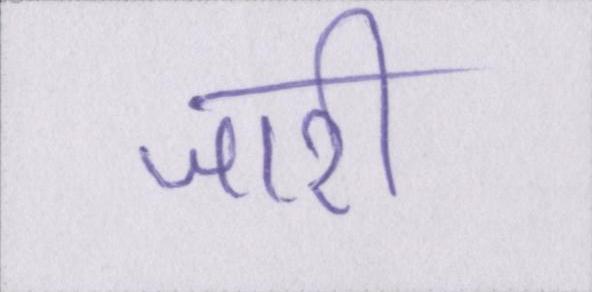
जारी